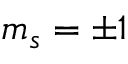
m _ { s } = \pm 1